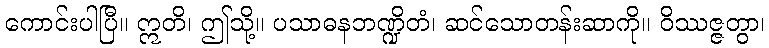
ကောင်းပါပြီ။ ဣတိ၊ ဤသို့။ ပသာဓနဘဏ္ဍိတံ၊ ဆင်သောတန်းဆာကို။ ဝိဿဇ္ဇတွာ၊